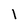
Character: l